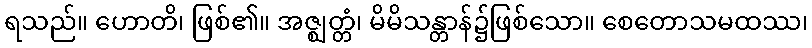
ရသည်။ ဟောတိ၊ ဖြစ်၏။ အဇ္ဈတ္တံ၊ မိမိသန္တာန်၌ဖြစ်သော။ စေတောသမထဿ၊